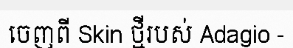
ចេញពី Skin ថ្មីរបស់ Adagio -